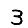
Digit: 3